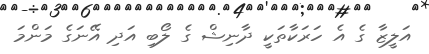
އަލީޒާ ގެ އެ ހަރަކާތަކީ ދާނިޝް ގެ ލޯބި އަދި އޭނަގެ މަންމަ